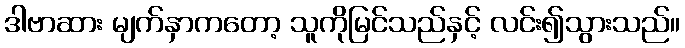
ဒါဗာဆား မျက်နှာကတော့ သူကိုမြင်သည်နှင့် လင်း၍သွားသည်။